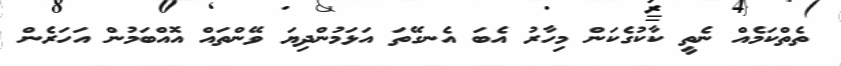
ތެތްކަމެއް ނެތީ ކާކުގެކަން މިހާރު އެބަ އެނގޭތަ އަޅަމުންދިޔަ ވޭންތައް އޮއްބަމުން އަހަރެން